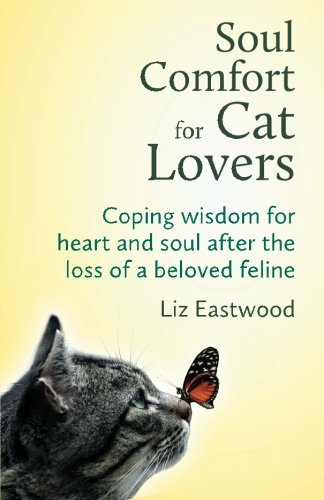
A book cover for Soul Comfort for Cat Lovers: Coping Wisdom for Heart and Soul After the Loss of a Beloved Feline; Liz Eastwood; Crafts, Hobbies & Home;